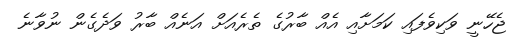
ޖެހޭނީ ވަކިވެފައި ކަމަށާއި އެއް ބާރުގެ ތެރެއަށް އަނެއް ބާރު ވަދެެގެން ނުވާނެ